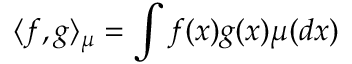
\langle f , g \rangle _ { \mu } = \int f ( x ) g ( x ) \mu ( d x )